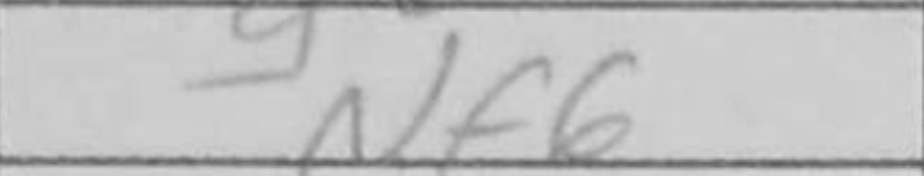
Transcription: Nf6